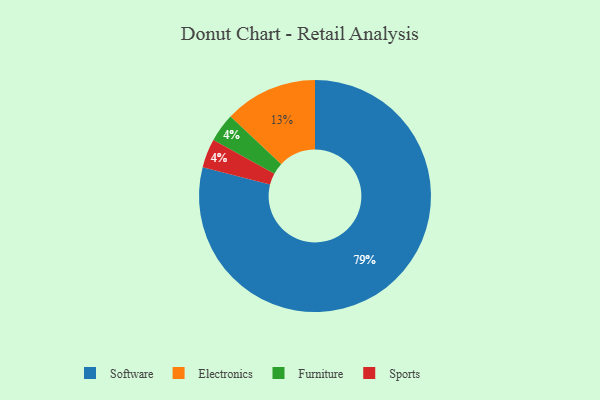
{"axis": {"x": "Category", "y": "Percentage"}, "legend": ["Electronics", "Furniture", "Software", "Sports"], "data": [{"x": "Furniture", "y": 4, "type": "Furniture"}, {"x": "Electronics", "y": 13, "type": "Electronics"}, {"x": "Sports", "y": 4, "type": "Sports"}, {"x": "Software", "y": 79, "type": "Software"}]}